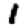
Digit: 1